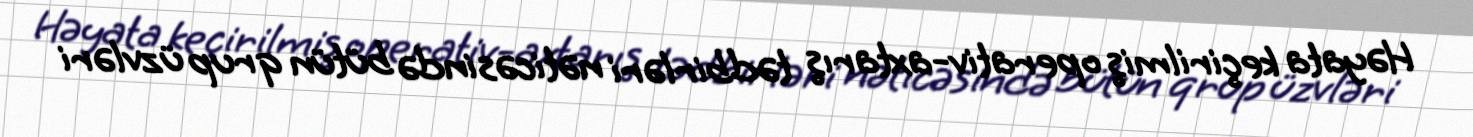
Həyata keçirilmiş operativ-axtarış tədbirləri nəticəsində bütün qrup üzvləri